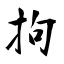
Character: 拘